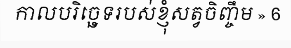
កាលបរិច្ឆេទរបស់ខ្ញុំសត្វចិញ្ចឹម » 6